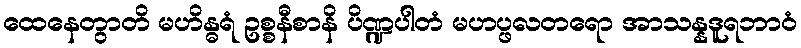
ထေနေတွာတိ မဟိန္ဓရံ ဥစ္စနီစာနိ ပိဏ္ဍပါတံ မဟပ္ဖလတရော အာသန္နဒူရဘာဝံ